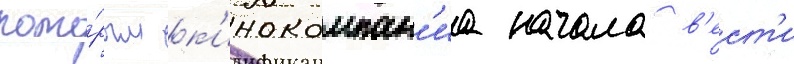
кото́рым к'инокомпан'иа начала в'ест'и